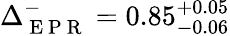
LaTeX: \Delta_{\mathrm{~E~P~R~}}^{-}=0.85_{-0.06}^{+0.05}